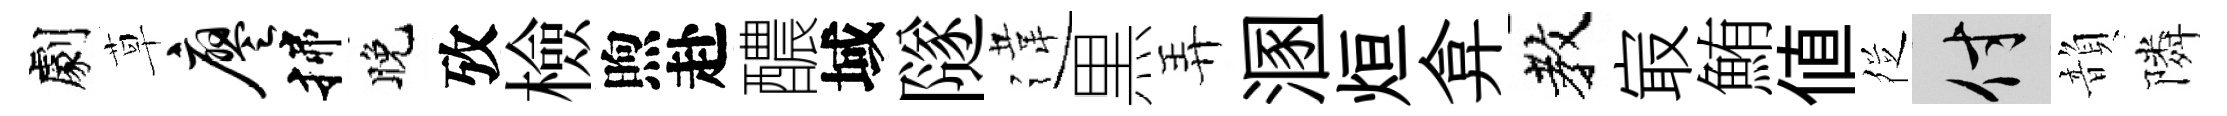
劇草廖揲晚攷檢煦赴醲域隧違黒弄溷烜弇教㝡鮪値徔付韻隣